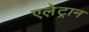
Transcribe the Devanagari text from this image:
एले़ट्रान